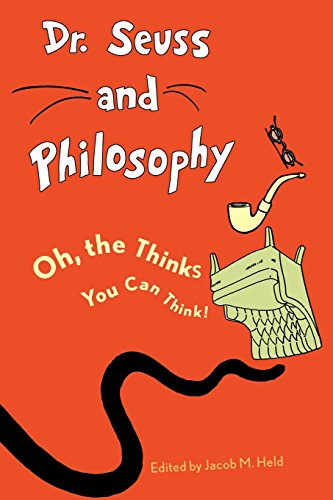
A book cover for Dr. Seuss and Philosophy: Oh, the Thinks You Can Think!; Politics & Social Sciences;